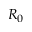
R _ { 0 }